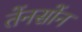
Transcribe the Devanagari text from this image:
तेंनसोंन